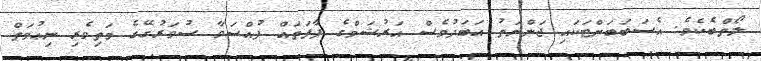
ލޯތްބެކެވެ. އެސަބަބަށްޓަކައި ޖަންނަތު އަބަދުވެސް އަރުޝަމްގެ ފާފަތައް ފުއްސަވާ ސުވަރުގޭގެ މަތިވެރި ނިޢުމަތް